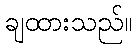
ချထားသည်။